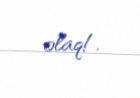
olaq!.